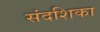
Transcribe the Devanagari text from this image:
संदशिका